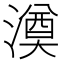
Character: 𣾇